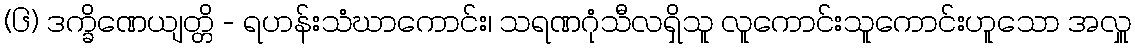
(၆) ဒက္ခိဏေယျတ္တိ - ရဟန်းသံဃာကောင်း၊ သရဏဂုံသီလရှိသူ လူကောင်းသူကောင်းဟူသော အလှူ